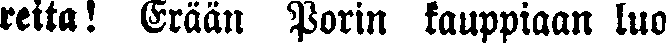
reita! Erään Porin kauppiaan luo